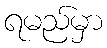
ရမည်မှာ